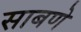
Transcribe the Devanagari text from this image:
साबणे